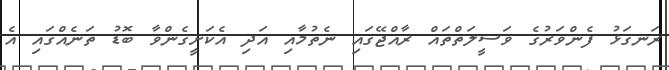
ރަނގަޅު ފެންވަރުގެ ވަސީލަތްތައް ރާއްޖޭގައި ނެތުމާއި އަދި އެކަށީގެންވާ ބޮޑު ތަނެއްގައި އެ